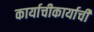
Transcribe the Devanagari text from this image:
कार्याचीकार्याची